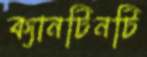
ক্যানটিনটি